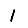
Digit: 1